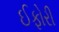
ઈફોરી